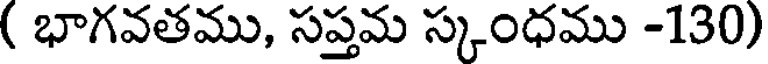
( భాగవతము, సప్తమ స్కంధము -130)